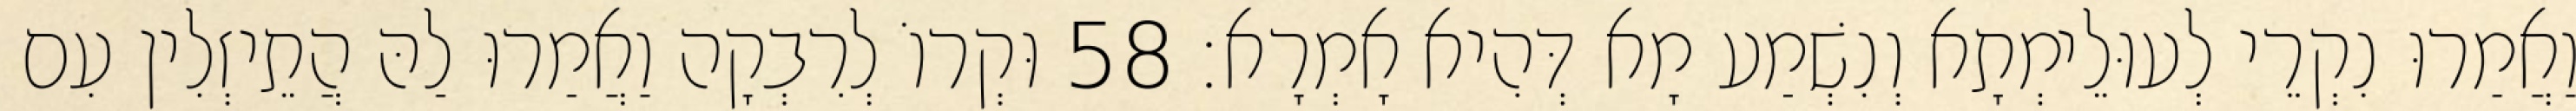
וַאֲמַרוּ נִקְרֵי לְעוּלֵימְתָא וְנִשְׁמַע מָא דְּהִיא אָמְרָא׃ 58 וּקְרוֹ לְרִבְקָה וַאֲמַרוּ לַהּ הֲתֵיזְלִין עִם